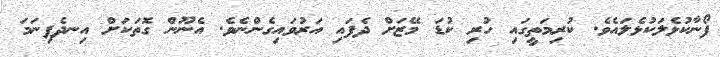
ފޯނާކުޅެލަކުޅެލައެވެ. ކުރިމަތީގައި ހުރި ކުޑަ މޭޒަށް ދެފައި އަރުވައިގެންނެވެ. އެނޫން ގޮތަކަށް އިނދެފިނަމަ